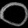
Digit: ၀